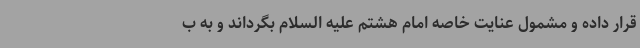
قرار داده و مشمول عنایت خاصه امام هشتم علیه السلام بگرداند و به ب